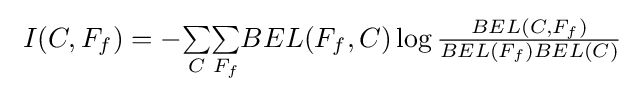
\textstyle \ I(C,F_{f})=-{\underset {C}{\sum }}{\underset {F_{f}}{\sum }}BEL(F_{f},C)\log {\frac {BEL(C,F_{f})}{BEL(F_{f})BEL(C)}}